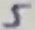
Text: 5